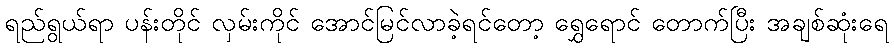
ရည်ရွယ်ရာ ပန်းတိုင် လှမ်းကိုင် အောင်မြင်လာခဲ့ရင်တော့ ရွှေရောင် တောက်ပြီး အချစ်ဆုံးရေ